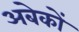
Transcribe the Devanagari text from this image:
अबेकों